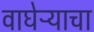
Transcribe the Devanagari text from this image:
वाघेऱ्याचा